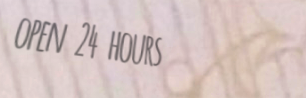
open 24 hours